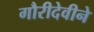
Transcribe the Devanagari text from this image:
गौरीदेवीने